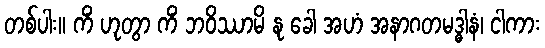
တစ်ပါး။ ကိံ ဟုတွာ ကိံ ဘဝိဿာမိ နု ခေါ အဟံ အနာဂတမဒ္ဓါနံ၊ ငါကား